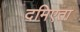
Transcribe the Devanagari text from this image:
दमिएता